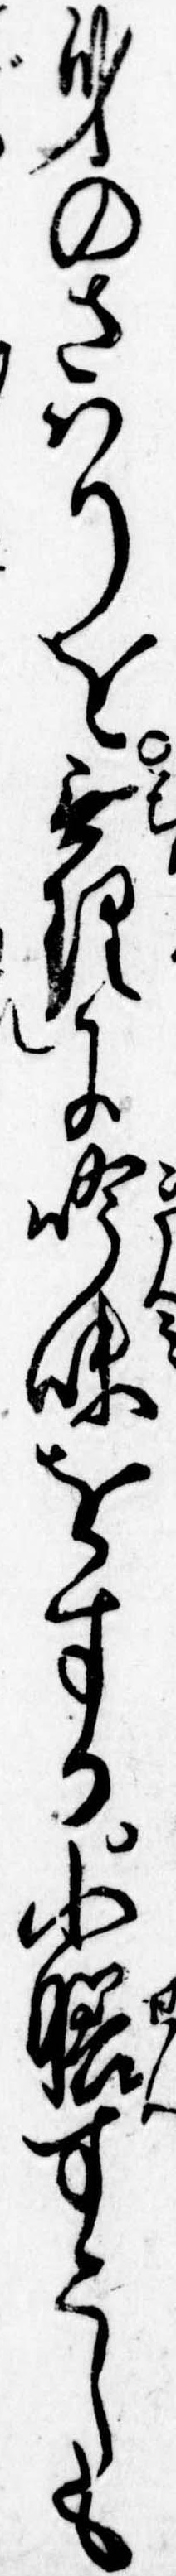
身のさはりを無理に吟味をする小膳すこしも